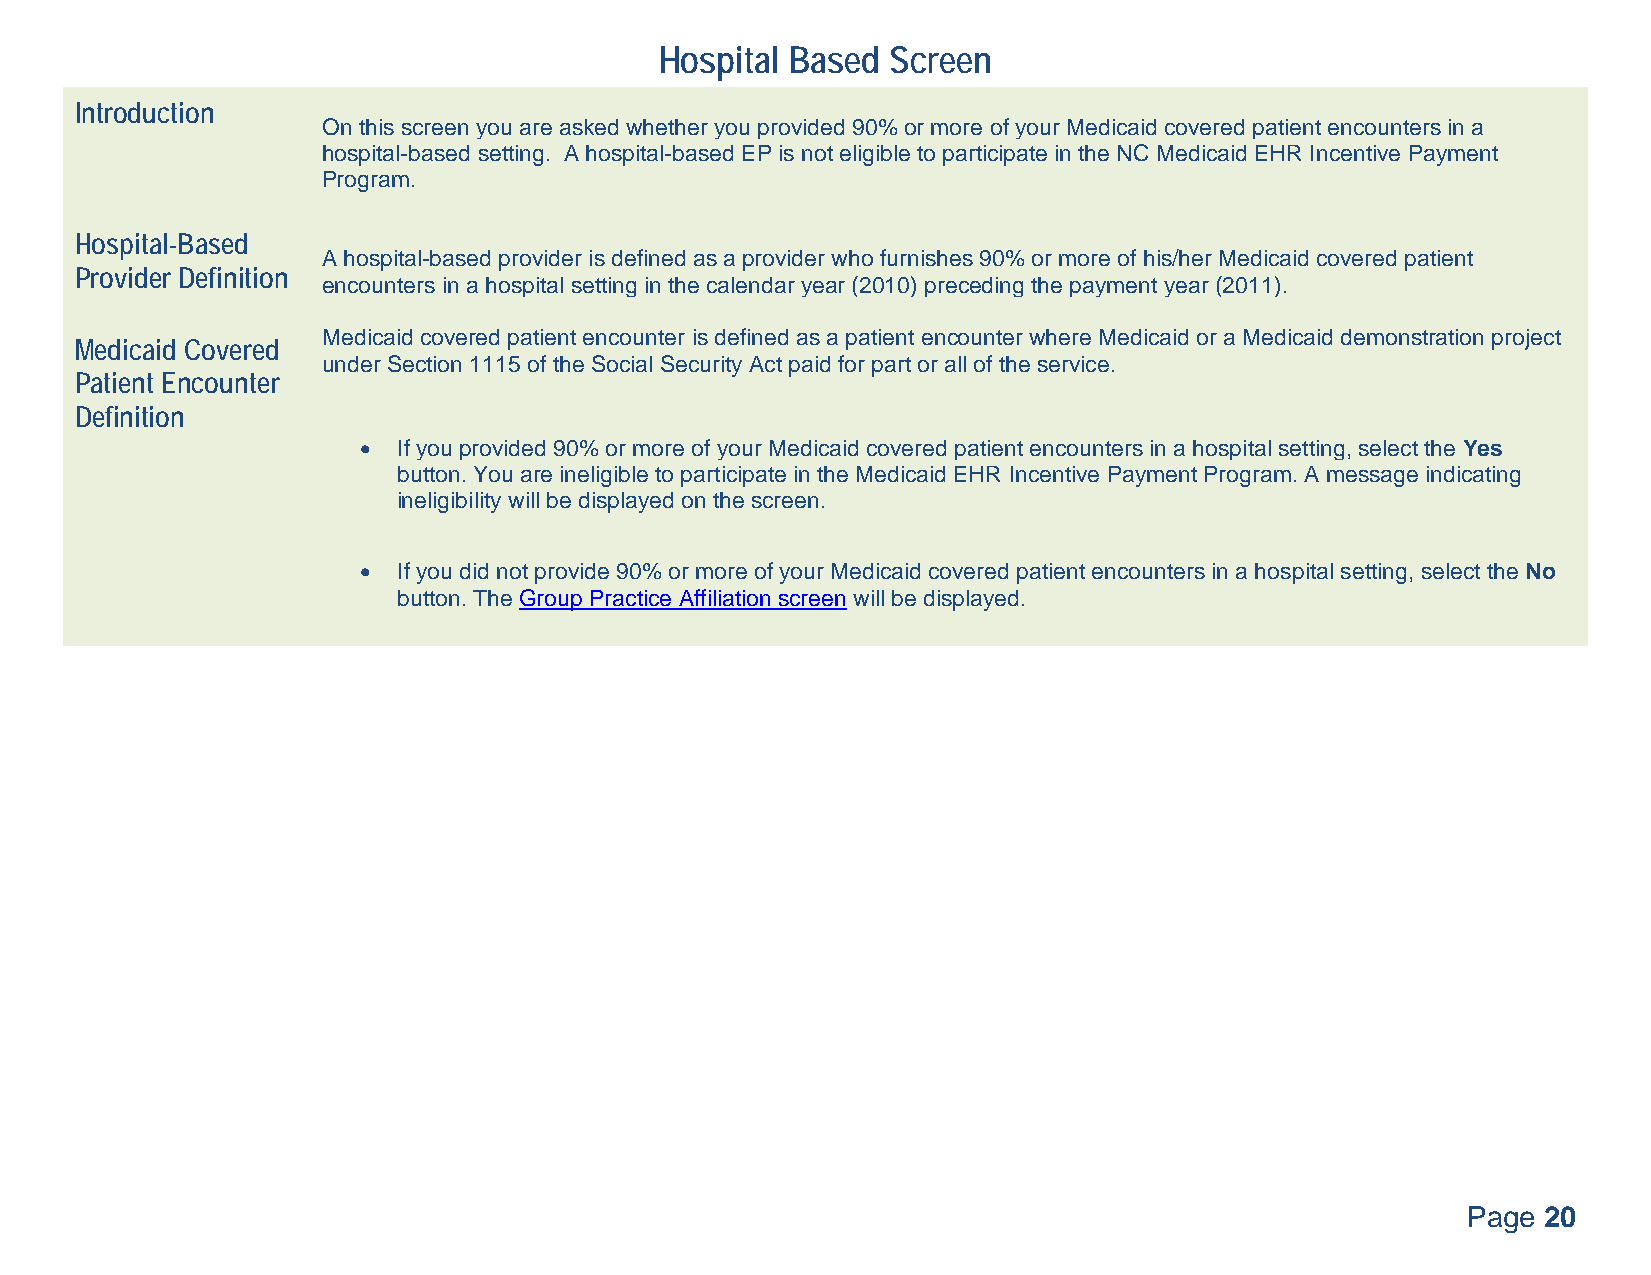
Hospital Based Screen
 Introduction
 On this screen you are asked whether you provided 90% or more of your Medicaid covered patient encounters in a
 hospital-based setting. A hospital-based EP is not eligible to participate in the NC Medicaid EHR Incentive Payment
 Program.
 Hospital-Based
 A hospital-based provider is defined as a provider who furnishes 90% or more of his/her Medicaid covered patient
 Provider Definition
 encounters in a hospital setting in the calendar year (2010) preceding the payment year (2011).
 Medicaid covered patient encounter is defined as a patient encounter where Medicaid or a Medicaid demonstration project
 Medicaid Covered
 under Section 1115 of the Social Security Act paid for part or all of the service.
 Patient Encounter
 Definition
  If you provided 90% or more of your Medicaid covered patient encounters in a hospital setting, select the Yes
 button. You are ineligible to participate in the Medicaid EHR Incentive Payment Program. A message indicating
 ineligibility will be displayed on the screen.
  If you did not provide 90% or more of your Medicaid covered patient encounters in a hospital setting, select the No
 button. The Group Practice Affiliation screen will be displayed.
 Page 20